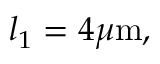
l _ { 1 } = 4 \mu \mathrm { m } ,